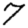
Digit: 7